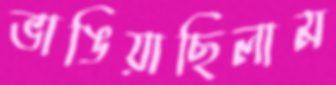
ভাঙিয়াছিলাম